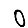
Digit: 0